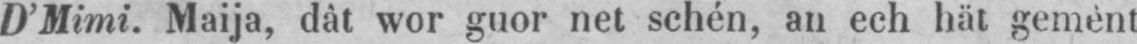
D’Mimi. Maija, dât wor guor net schén, an ech hät gemènt